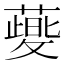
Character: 𬞯